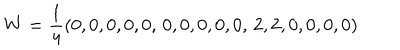
LaTeX: W = \frac 1 4 ( 0 , 0 , 0 , 0 , 0 , \, 0 , 0 , 0 , 0 , 0 , \, 2 , 2 , 0 , 0 , 0 , 0 )